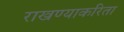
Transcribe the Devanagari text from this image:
राखण्याकरिता